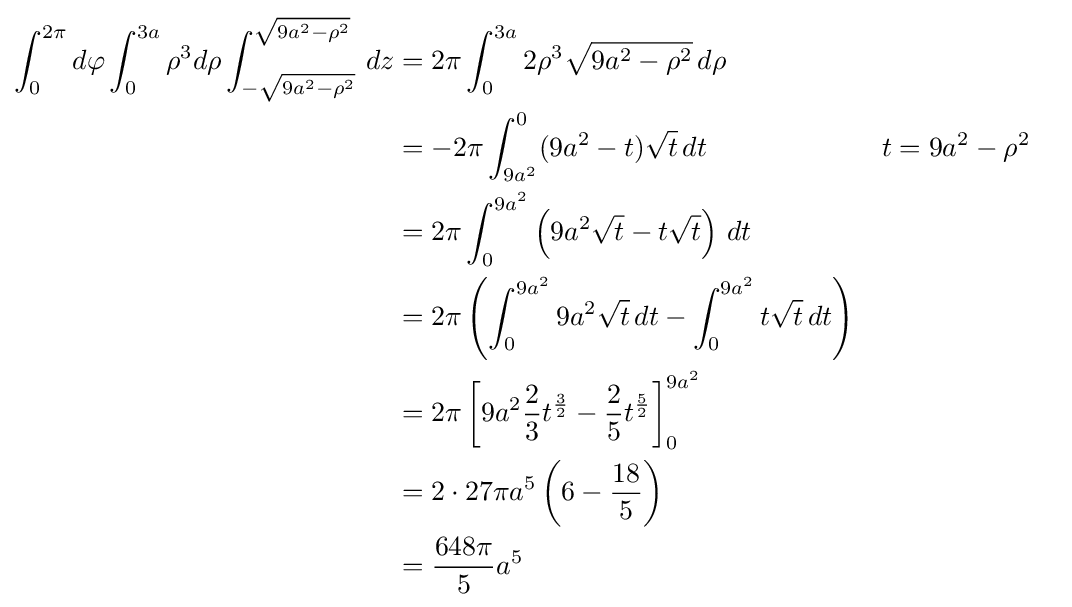
{\begin{aligned}\int _{0}^{2\pi }d\varphi \int _{0}^{3a}\rho ^{3}d\rho \int _{-{\sqrt {9a^{2}-\rho ^{2}}}}^{\sqrt {9a^{2}-\rho ^{2}}}\,dz&=2\pi \int _{0}^{3a}2\rho ^{3}{\sqrt {9a^{2}-\rho ^{2}}}\,d\rho \\&=-2\pi \int _{9a^{2}}^{0}(9a^{2}-t){\sqrt {t}}\,dt&&t=9a^{2}-\rho ^{2}\\&=2\pi \int _{0}^{9a^{2}}\left(9a^{2}{\sqrt {t}}-t{\sqrt {t}}\right)\,dt\\&=2\pi \left(\int _{0}^{9a^{2}}9a^{2}{\sqrt {t}}\,dt-\int _{0}^{9a^{2}}t{\sqrt {t}}\,dt\right)\\&=2\pi \left[9a^{2}{\frac {2}{3}}t^{\frac {3}{2}}-{\frac {2}{5}}t^{\frac {5}{2}}\right]_{0}^{9a^{2}}\\&=2\cdot 27\pi a^{5}\left(6-{\frac {18}{5}}\right)\\&={\frac {648\pi }{5}}a^{5}\end{aligned}}